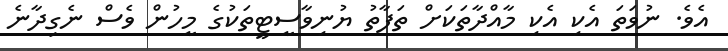
އެވެ. ނުވަތަ އެކި އެކި މާއްދާތަކަށް ތަފާތު ޔުނިވާސީޓީތަކުގެ މީހުން ވެސް ނެގިދާނެ